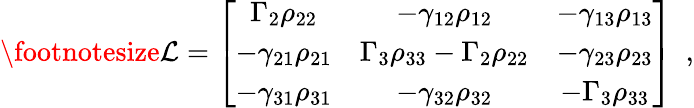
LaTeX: \footnotesize{\cal{L}}=\left[\begin{array}{cccc}{\Gamma_{2}\rho_{22}}&{-\gamma_{12}\rho_{12}}&{-\gamma_{13}\rho_{13}}\\ {-\gamma_{21}\rho_{21}}&{\Gamma_{3}\rho_{33}-\Gamma_{2}\rho_{22}}&{-\gamma_{23}\rho_{23}}\\ {-\gamma_{31}\rho_{31}}&{-\gamma_{32}\rho_{32}}&{-\Gamma_{3}\rho_{33}}\end{array}\right]\, \, \, ,